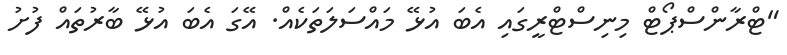
"ޓްރާންސްޕޯޓް މިނިސްޓްރީގައި އެބަ އުޅޭ މައްސަލަތަކެއް. އޭގަ އެބަ އުޅޭ ބާރުތައް ފުށު